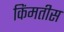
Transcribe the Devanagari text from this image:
किंमतीस